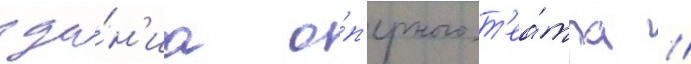
зда́н'иа о́п'ерного т'еа́тра //